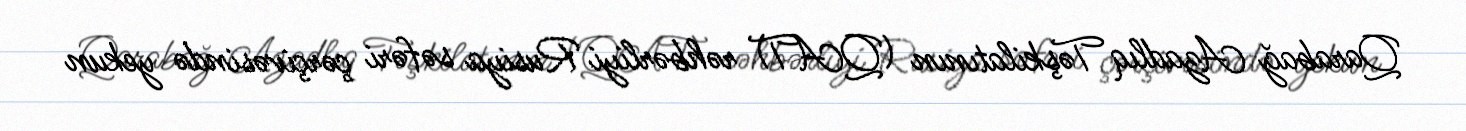
Qarabağ Azadlıq Təşkilatının (QAT) rəhbərliyi Rusiya səfəri çərçivəsində yekun